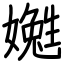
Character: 嬔